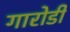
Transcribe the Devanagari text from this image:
गारोडी